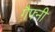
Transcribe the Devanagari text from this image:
गैफ्नी